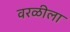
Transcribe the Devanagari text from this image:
वरळीला